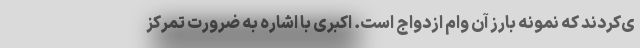
ی‌کردند که نمونه بارز آن وام ازدواج است. اکبری با اشاره به ضرورت تمرکز